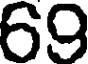
69